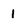
Character: 1